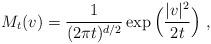
LaTeX: \begin{align*} M_t(v) = \frac{1}{(2\pi t)^{d/2}}\exp\Big(\frac{|v|^2}{2t}\Big)\;,\end{align*}